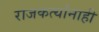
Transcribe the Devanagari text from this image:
राजकर्त्यांनाही